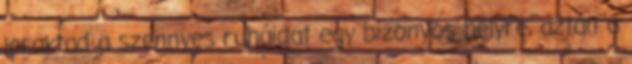
leraktad a szennyes ruháidat egy bizonyos helyre, aztán a